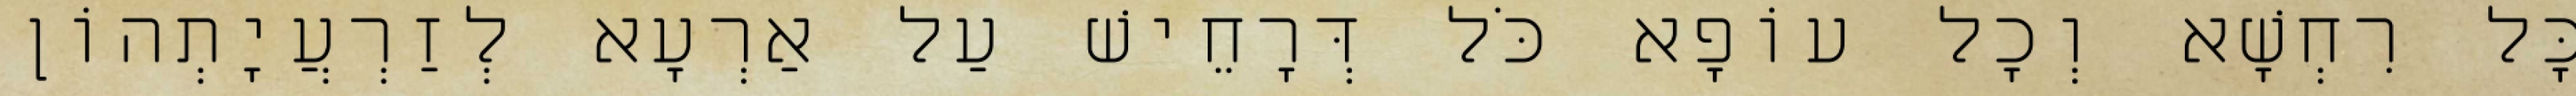
כָּל רִחְשָׁא וְכָל עוֹפָא כֹּל דְּרָחֵישׁ עַל אַרְעָא לְזַרְעֲיָתְהוֹן